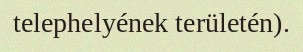
telephelyének területén).